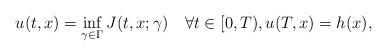
LaTeX: \begin{align*}u(t,x) = \inf_{\gamma\in\Gamma} J(t,x; \gamma) \quad\forall t\in[0, T),u(T,x) = h(x),\end{align*}